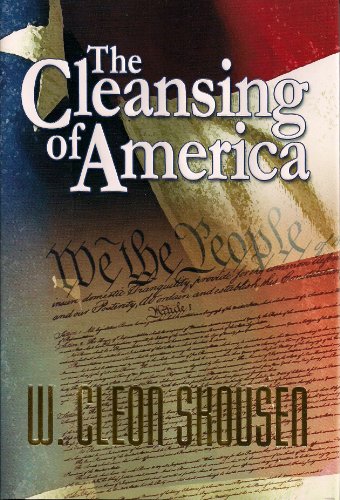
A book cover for The Cleansing of America; W. Cleon Skousen; Christian Books & Bibles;